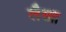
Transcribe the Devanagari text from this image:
लैखा